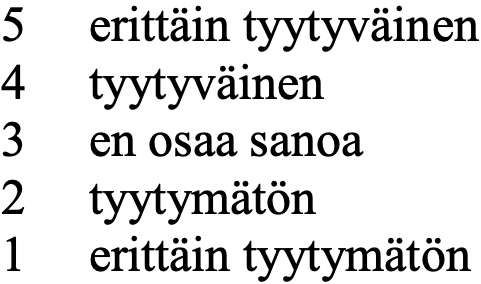
5  erittäin tyytyväinen 4  tyytyväinen 3  en osaa sanoa 2  tyytymätön 1  erittäin tyytymätön